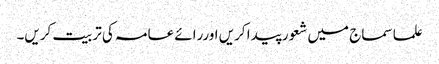
علما سماج میں شعور پیدا کریں اوررائے عامہ کی تربیت کریں۔